Scottish Leaving Certificate Examination, 1951
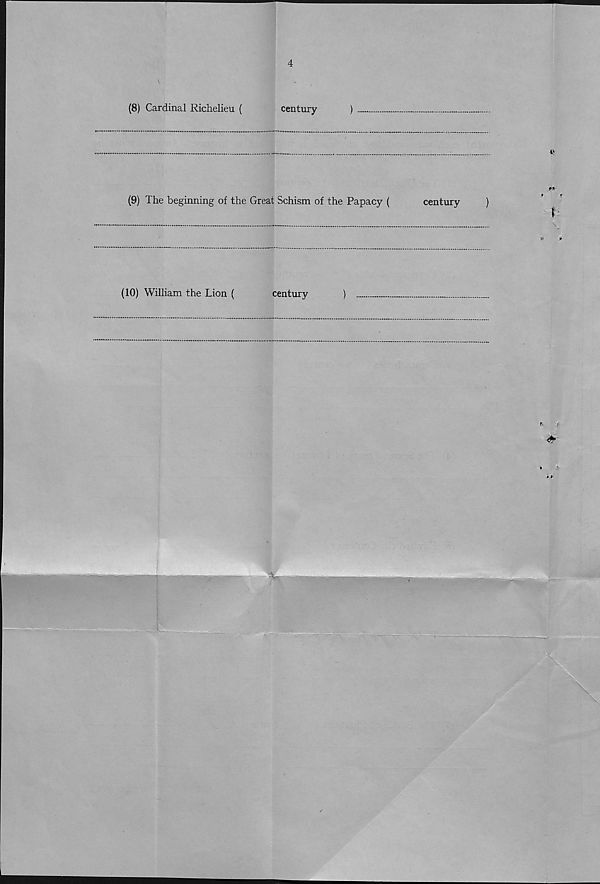
3
Section 1 (b)
Give the century, B.C. or A.D., of each of the following, indicate who or
what each was, and say why each is important in history. Answers must be
written in the space provided after each name.
(15)
(1) The First Hague Conference (
century
)
(2) Hannibal (
century
)
(3) The First Crusade (
century
)
(4) The LeafUe of Schmalkalde (
century
)
(5) Socrates (
century
) ...
(6) Capture of the Bastille (
century
)
(7) Charles XII (
century
)
[turn over